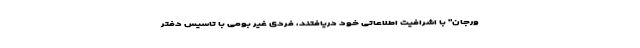
ورجان" با اشرافیت اطلاعاتی خود دریافتند، فردی غیر بومی با تاسیس دفتر